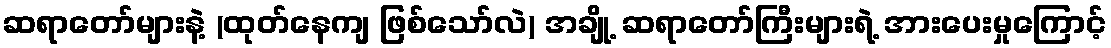
ဆရာတော်များနဲ့ (ထုတ်နေကျ ဖြစ်သော်လဲ) အချို့ ဆရာတော်ကြီးများရဲ့ အားပေးမှုကြောင့်